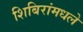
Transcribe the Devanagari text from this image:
शिबिरांमधले